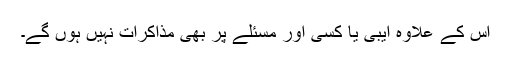
اس کے علاوہ ایبی یا کسی اور مسئلے پر بھی مذاکرات نہیں ہوں گے۔